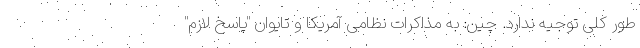
طور کلی توجیه ندارد. چین: به مذاکرات نظامی آمریکا و تایوان "پاسخ لازم"